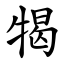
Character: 㹇